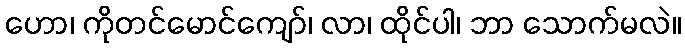
ဟော၊ ကိုတင်မောင်ကျော်၊ လာ၊ ထိုင်ပါ၊ ဘာ သောက်မလဲ။